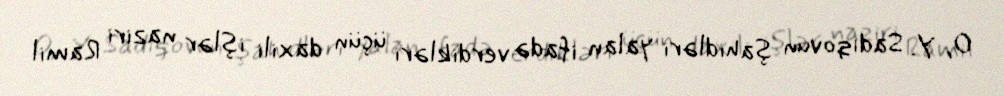
O, Y. Sadıqovun şahidləri yalan ifadə verdikləri üçün daxili işlər naziri Ramil